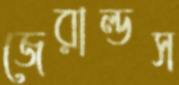
জেরাল্ডস